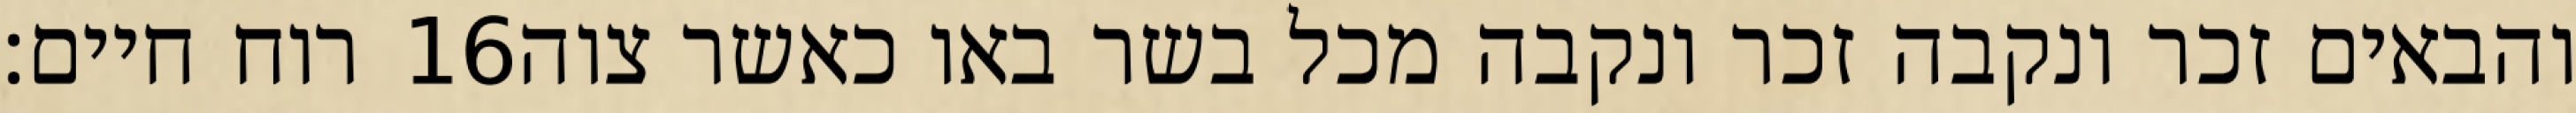
רוח חיים׃ ‎16‏ והבאים זכר ונקבה זכר ונקבה מכל בשר באו כאשר צוה